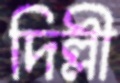
দিল্লী